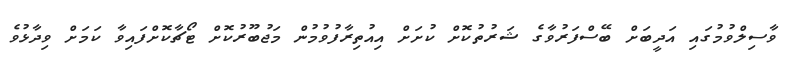
ވާސިލްވުމުގައި އަދީބަށް ބޭސްފަރުވާގެ ޝަރުތުކޮށް ކުށަށް އިއުތިރާފުވުމުން މަޖުބޫރުކޮށް ޓޯޗާކޮށްފައިވާ ކަމަށް ވިދާޅުވެ